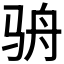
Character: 𩧳